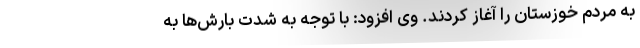
به مردم خوزستان را آغاز کردند. وی افزود: با توجه به شدت بارش‌ها به